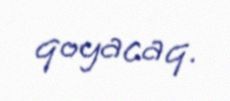
qoyacaq.